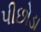
પીછોડા